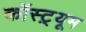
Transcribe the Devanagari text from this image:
कॉस्ट़्यूम